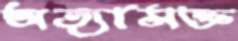
অত্যাসক্ত